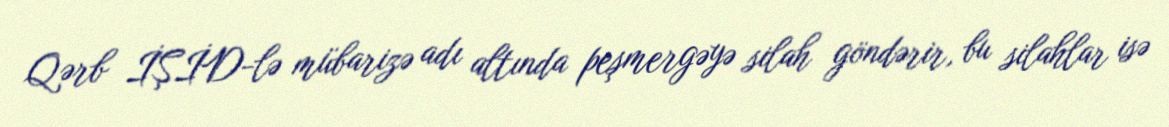
Qərb İŞİD-lə mübarizə adı altında peşmergəyə silah göndərir, bu silahlar isə